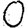
Digit: 0